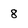
Character: 8